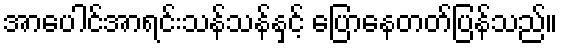
အာပေါင်အာရင်းသန်သန်နှင့် ပြောနေတတ်ပြန်သည်။